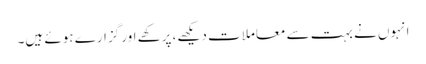
انہوں نے بہت سے معاملات دیکھے، پرکھے اور گزارے ہوئے ہیں۔